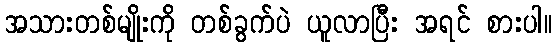
အသားတစ်မျိုးကို တစ်ခွက်ပဲ ယူလာပြီး အရင် စားပါ။